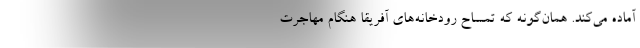
آماده مي‌كند. همان‌گونه كه تمساح‌ رودخانه‌هاي آفريقا هنگام مهاجرت